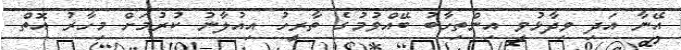
އޭނާ އަދި ވިދާޅުވީ އިންތިހާބު ބޭއްވުމުގެ ތާރީހު އިއުލާނު ކުރުމަށް މިހާރު އޮތް